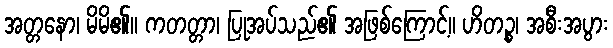
အတ္တနော၊ မိမိ၏။ ကတတ္တာ၊ ပြုအပ်သည်၏ အဖြစ်ကြောင့်။ ဟိတဉ္စ၊ အစီးအပွား